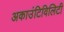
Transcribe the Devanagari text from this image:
अकाउंटिविलिटी